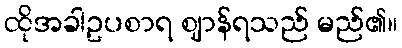
ထိုအခါဥပစာရ ဈာန်ရသည် မည်၏။